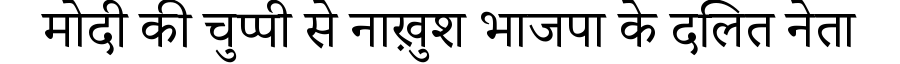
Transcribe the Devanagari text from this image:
मोदी की चुप्पी से नाख़ुश भाजपा के दलित नेता